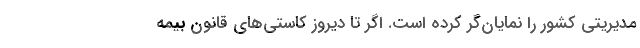
مدیریتی کشور را نمایان‌گر کرده است. اگر تا دیروز کاستی‌های قانون بیمه